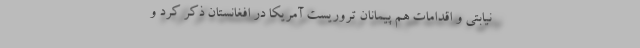
نیابتی و اقدامات هم پیمانان تروریست آمریکا در افغانستان ذکر کرد و